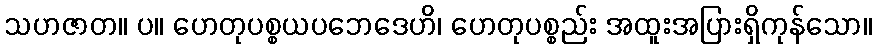
သဟဇာတ။ ပ။ ဟေတုပစ္စယပဘေဒေဟိ၊ ဟေတုပစ္စည်း အထူးအပြားရှိကုန်သော။